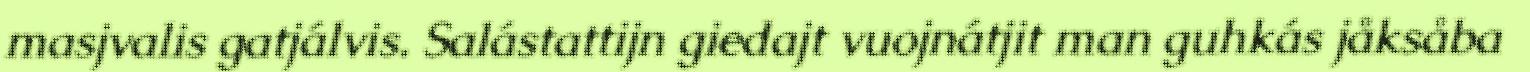
masjvalis gatjálvis. Salástattijn giedajt vuojnátjit man guhkás jåksåba